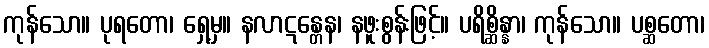
ကုန်သော။ ပုရတော၊ ရှေ့မှ။ နလာဋန္တေန၊ နဖူးစွန်းဖြင့်။ ပရိစ္ဆိန္နာ၊ ကုန်သော။ ပစ္ဆတော၊